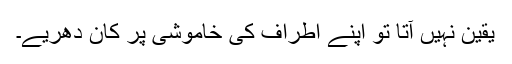
یقین نہیں آتا تو اپنے اطراف کی خاموشی پر کان دھریے۔